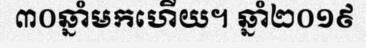
៣០ឆ្នាំមកហើយ។ ឆ្នាំ២០១៩